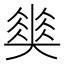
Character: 𡚅